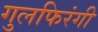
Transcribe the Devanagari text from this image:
गुलफिरंगी